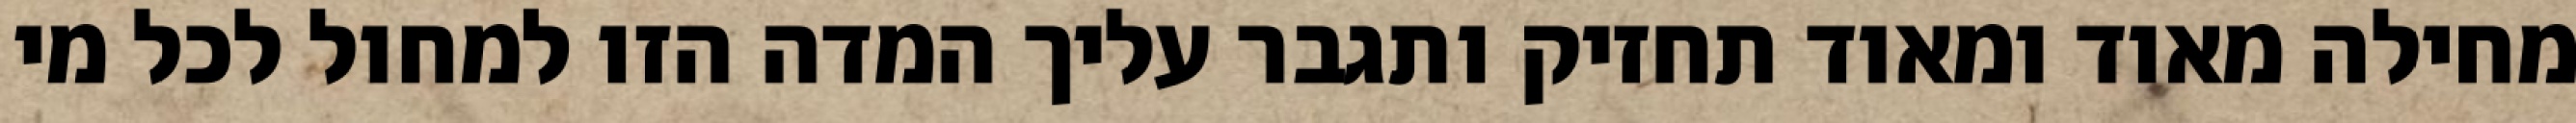
מחילה מאוד ומאוד תחזיק ותגבר עליך המדה הזו למחול לכל מי